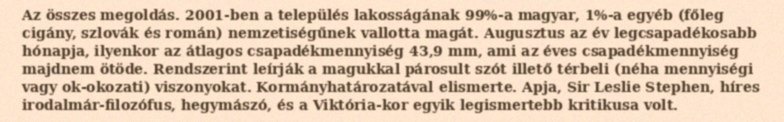
Az összes megoldás. 2001-ben a település lakosságának 99%-a magyar, 1%-a egyéb (főleg cigány, szlovák és román) nemzetiségűnek vallotta magát. Augusztus az év legcsapadékosabb hónapja, ilyenkor az átlagos csapadékmennyiség 43,9 mm, ami az éves csapadékmennyiség majdnem ötöde. Rendszerint leírják a magukkal párosult szót illető térbeli (néha mennyiségi vagy ok-okozati) viszonyokat. Kormányhatározatával elismerte. Apja, Sir Leslie Stephen, híres irodalmár-filozófus, hegymászó, és a Viktória-kor egyik legismertebb kritikusa volt.